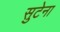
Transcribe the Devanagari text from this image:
सुटेना